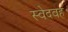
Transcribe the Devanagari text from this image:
स्वेदवह